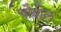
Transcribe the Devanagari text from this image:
चौबोल